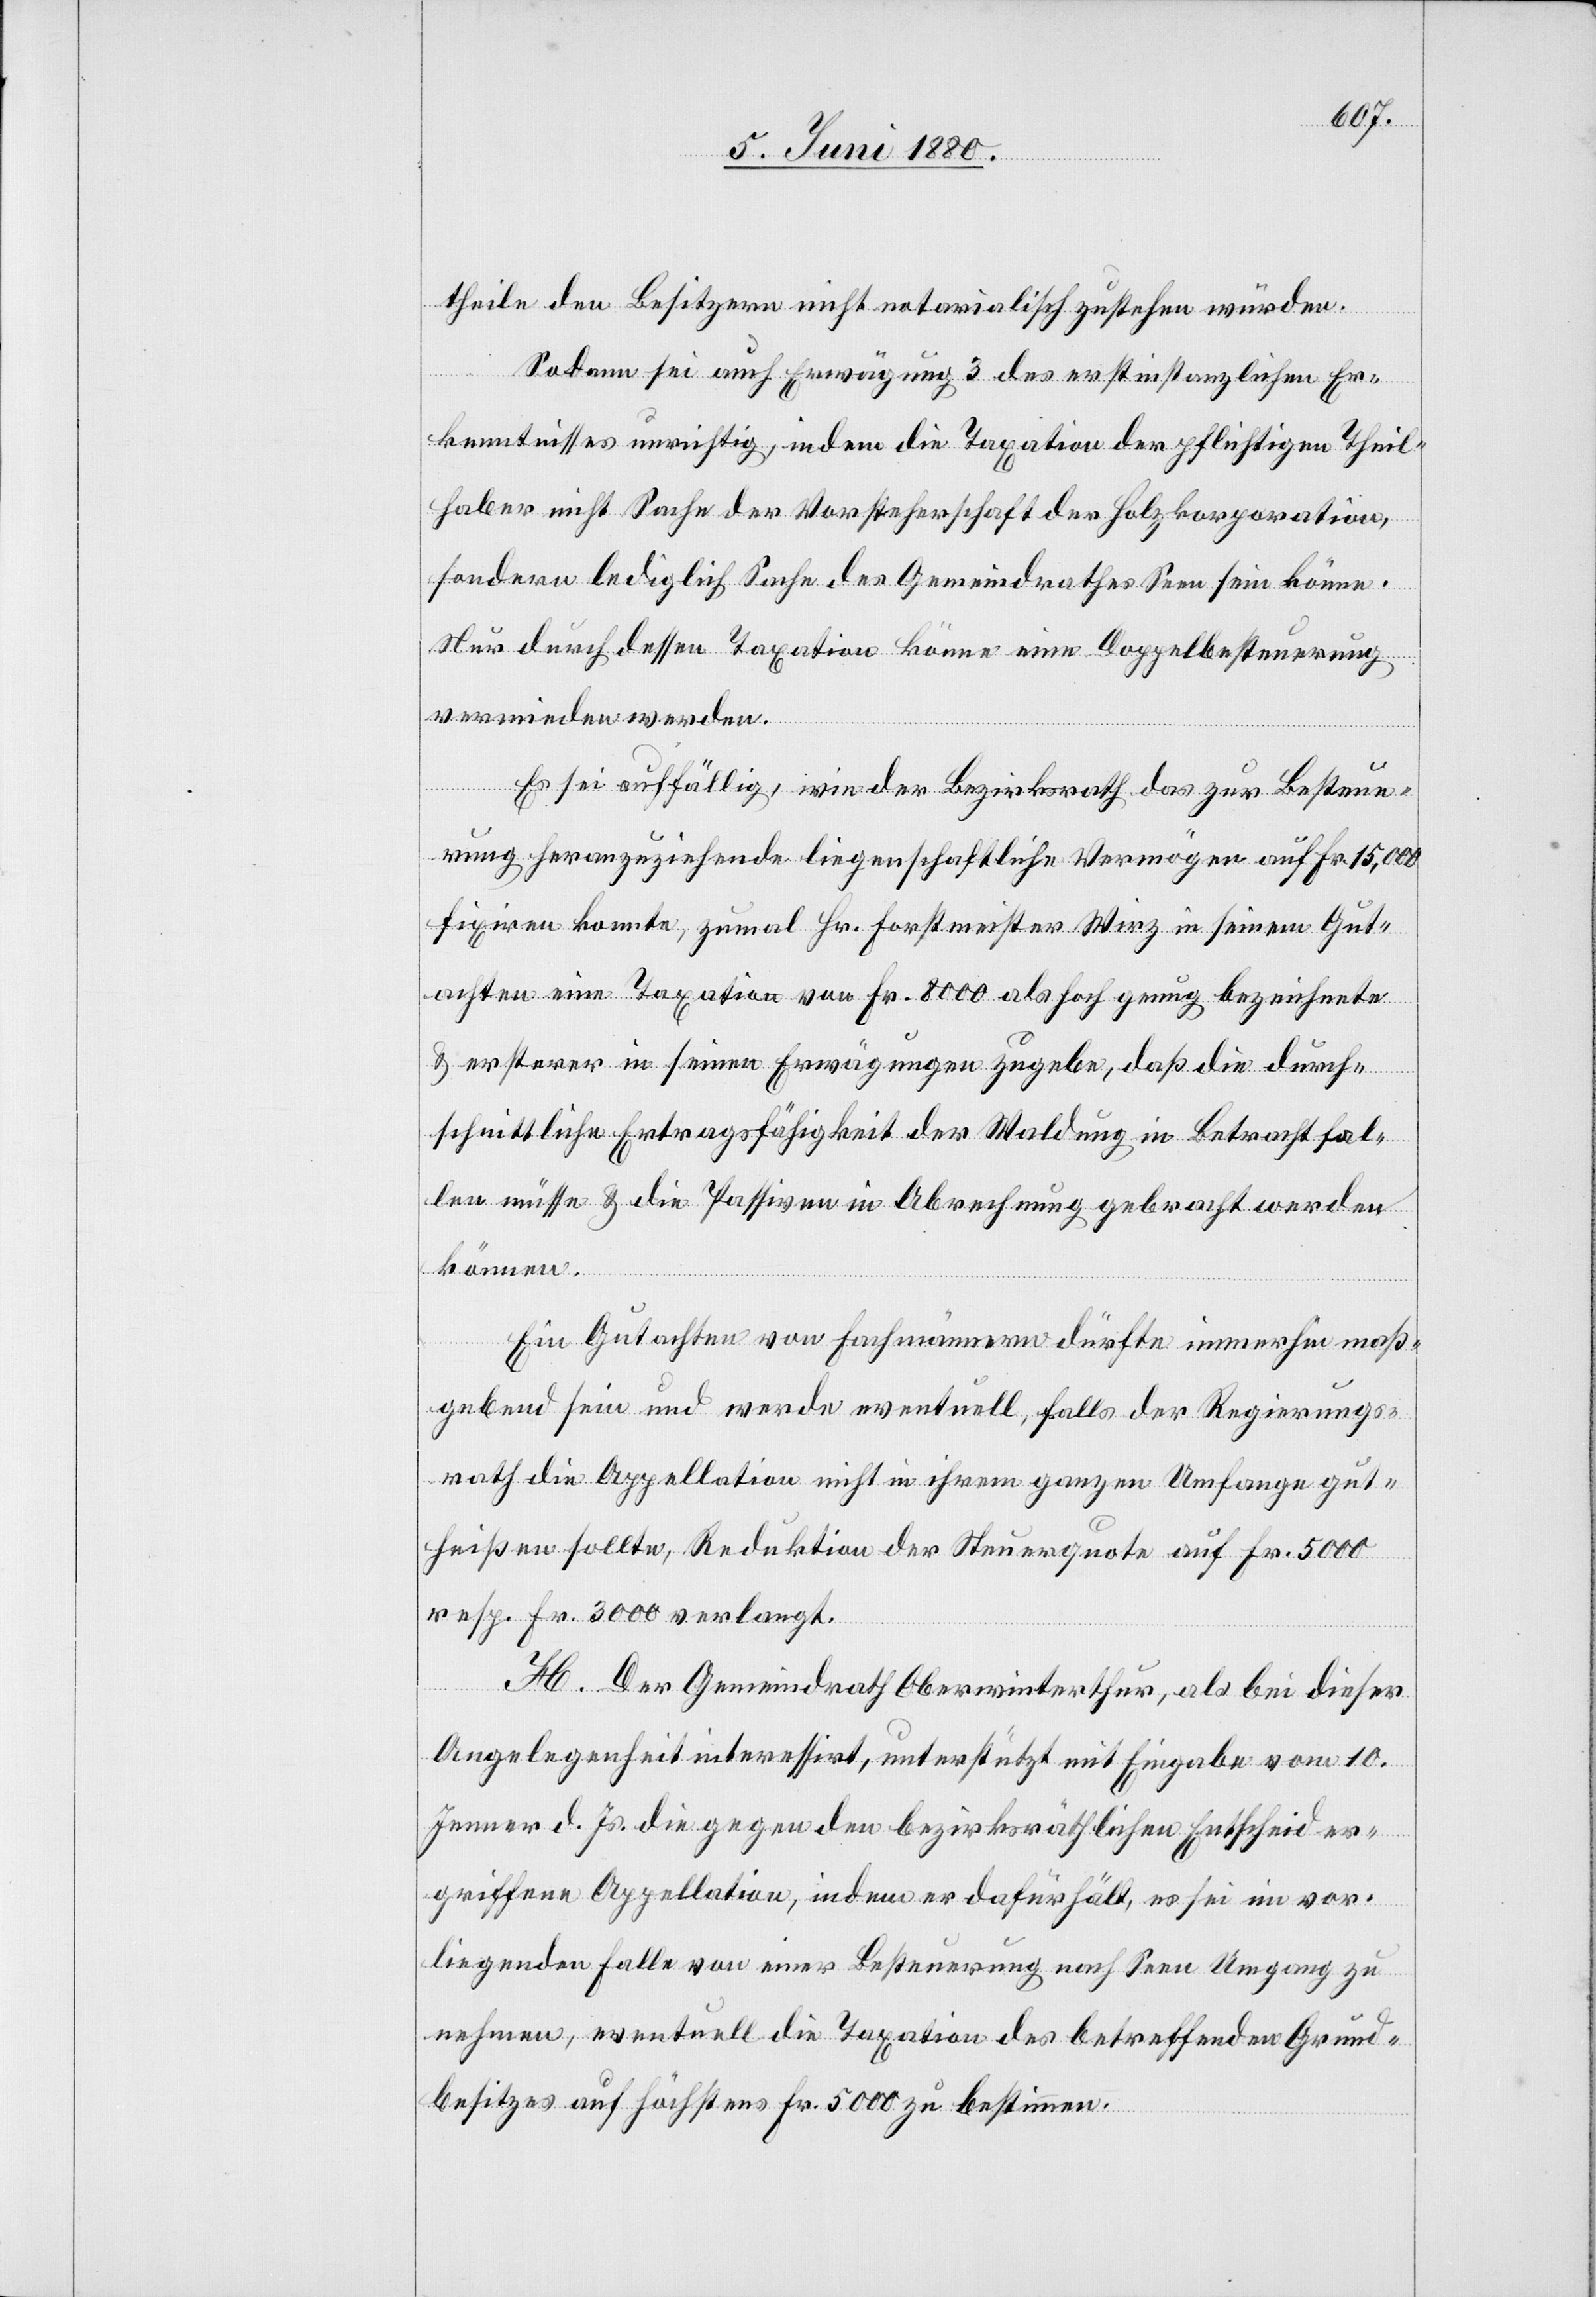
theile den Besitzern nicht notarialisch zustehen würden.
Sodann sei auch Erwägung 3 des erstinstanzlichen Er¬
kenntnisses unrichtig, indem die Taxation der pflichtigen Theil¬
haber nicht Sache der Vorsteherschaft der Holzkorporation,
sondern lediglich Sache des Gemeindrathes Seen sein könne.
Nur durch dessen Taxation könne eine Doppelbesteuerung
vermieden werden.
Es sei auffällig, wie der Bezirksrath das zur Besteue¬
rung heranzuziehende liegenschaftliche Vermögen auf Fr. 15,000
fixiren konnte, zumal Hr. Forstmeister Wirz in seinem Gut¬
achten eine Taxation von Fr. 8000 als hoch genug bezeichnete
& ersterer in seinen Erwägungen zugebe, daß die durch¬
schnittliche Ertragsfähigkeit der Waldung in Betracht fal¬
len müsse & die Passiven in Abrechnung gebracht werden
können.
Ein Gutachten von Fachmännern dürfte immerhin maß¬
gebend sein und werde eventuell, falls der Regierungs¬
rath die Appellation nicht in ihrem ganzen Umfange gut¬
heißen sollte, Reduktion der Steuerquote auf Fr. 5000
resp. Fr. 3000 verlangt.
H. Der Gemeindrath Oberwinterthur, als bei dieser
Angelegenheit interessirt, unterstützt mit Eingabe vom 10.
Jenner d. Js. die gegen den bezirksräthlichen Entscheid er¬
griffene Appellation, indem er dafür hält, es sei im vor¬
liegenden Falle von einer Besteuerung nach Seen Umgang zu
nehmen, eventuell die Taxation des betreffenden Grund¬
besitzes auf höchstens Fr. 5000 zu bestimmen.